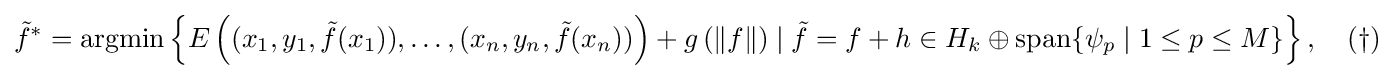
{\tilde {f}}^{*}=\operatorname {argmin} \left\lbrace E\left((x_{1},y_{1},{\tilde {f}}(x_{1})),\ldots ,(x_{n},y_{n},{\tilde {f}}(x_{n}))\right)+g\left(\lVert f\rVert \right)\mid {\tilde {f}}=f+h\in H_{k}\oplus \operatorname {span} \lbrace \psi _{p}\mid 1\leq p\leq M\rbrace \right\rbrace ,\quad (\dagger )